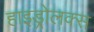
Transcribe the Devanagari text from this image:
हाइड्रोलक्स